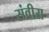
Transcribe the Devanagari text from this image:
संवीरा